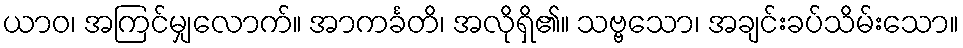
ယာဝ၊ အကြင်မျှလောက်။ အာကင်္ခတိ၊ အလိုရှိ၏။ သဗ္ဗသော၊ အချင်းခပ်သိမ်းသော။